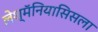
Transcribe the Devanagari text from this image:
लेश्मॅनियासिसला